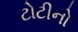
ટોટીનો